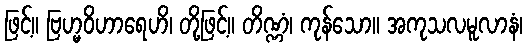
ဖြင့်။ ဗြဟ္မဝိဟာရေဟိ၊ တို့ဖြင့်။ တိဏ္ဏံ၊ ကုန်သော။ အကုသလမူလာနံ၊